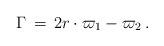
LaTeX: \begin{align*}\Gamma\,=\, 2r\cdot\varpi_1- \varpi_2\, .\end{align*}